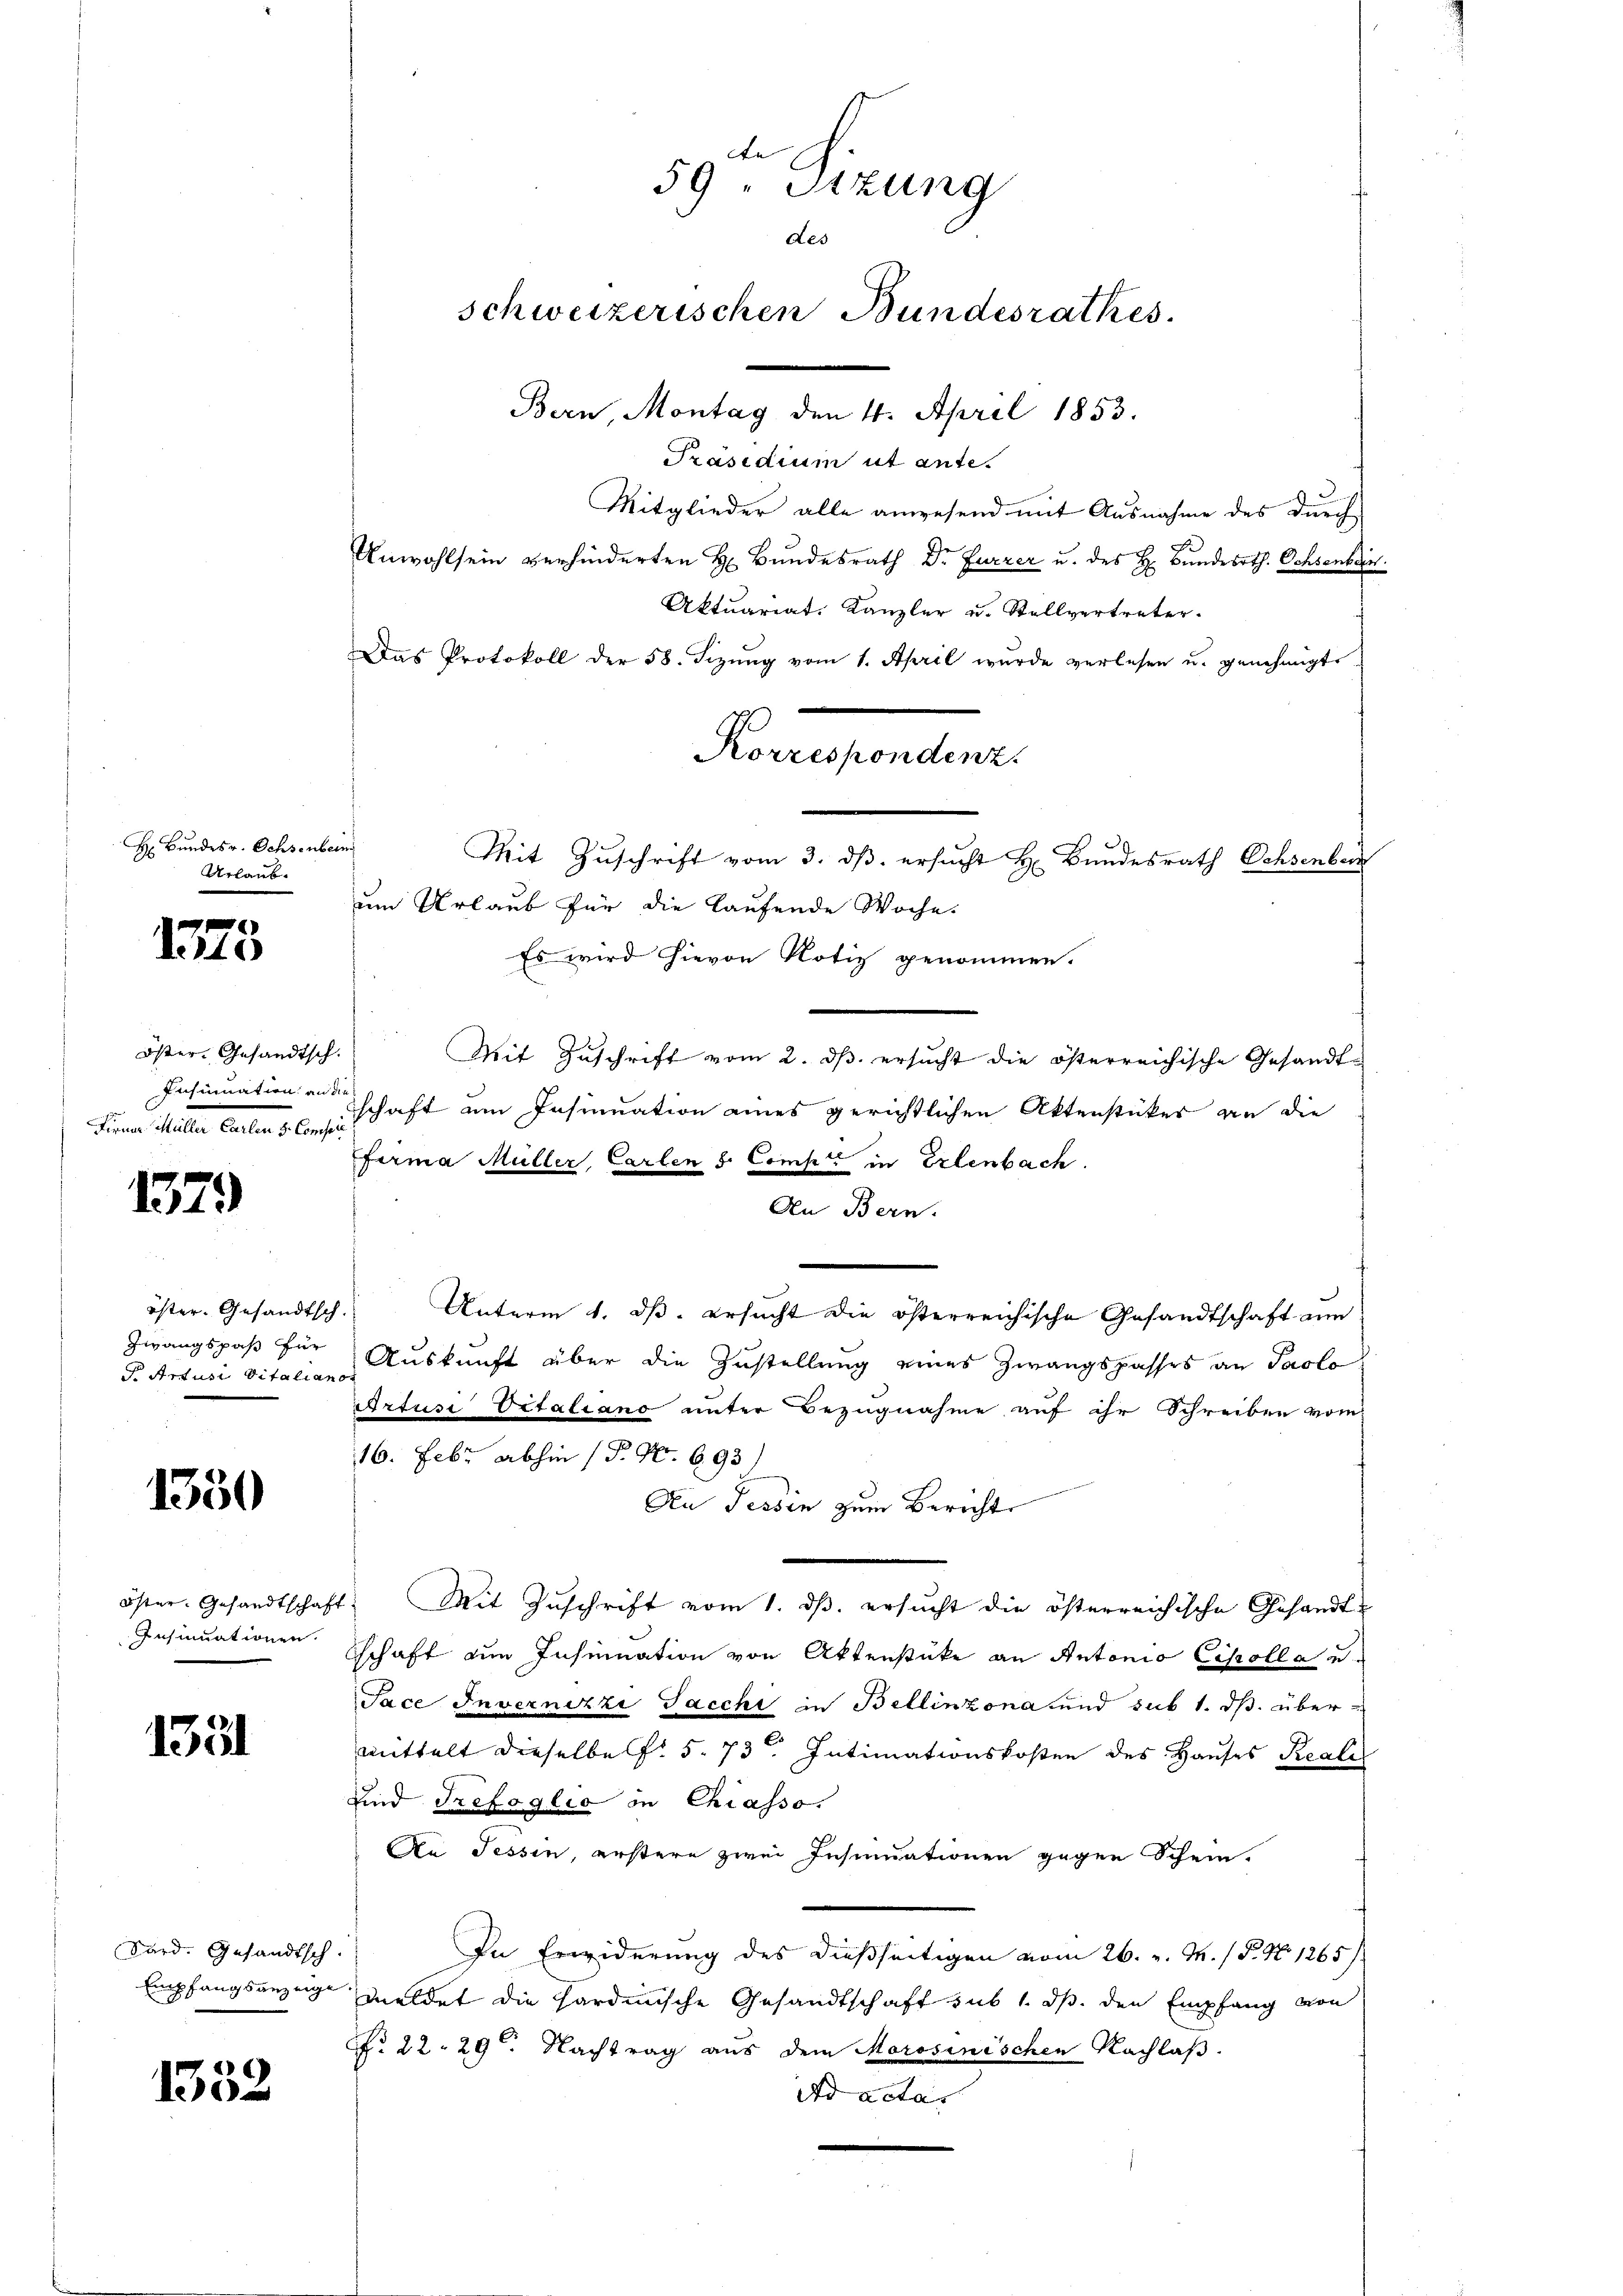
H. Bundes v. Ochsenber
Urlaub¬

1.40

Öster Gesandtsch.
Insummation an di
Form deute alten Confer

1379

öster. Gesandtsch.
Zwangspaß für
Artus Vitalianor

1330

Öster, Gesandtschaf
Insinuationen.

1331

Sard. Gesandtsch.

1352

Mitglieder alle anwesend mit Ausnahme des durch
Unwohlsein verhinderten H. Bundesrath Dr. Furrer u. des H. Bunderath. Ochsenken.
Aktuariat-Kanzler u. Stellvertreter.
Das Protokoll der 58. Sizŭng vom 1. April wurde verlesen u. genehmigte
um Urlaub für die laufende Woche
Es wird hievon Notiz genommen.
Mit Zuschrift vom 2. ds. ersucht die österreichische Gesandtschaft am Insinuation eines gerichtlichen Aktenstücker an die
ffirma Müller, Carten d. Comp. in Erlenbach.
An Bern.
Unterm 1. ds. ersucht die österreichische Gesandtschaft ann
Auskunft über die Zustellung eines Zwangspasses an Paolo
Artusi Vitaliano unter Bezugnahme auf ihr Schreiben vom
16. Febr. abhin (P. Nr. 693
Den Tessin zum Bericht
1. Mit Zŭschrift vom 1. ds. ersŭcht die österreichische Gesandtschaft ein Insinuation von Aktenstücke an Antonio Ciscolla a
Jace Invernizzi Jacchi in Bellinzona und sub 1. ds. übermittelt dieselbe f. 573. Intimationskosten des Hauses Reale
und Trefoglio in Chiasso.
An Tessin, erstere zwei Insinuationen gegen Schein.
In Erwiderung des dießseitigen vom 26. v. M. / P. No 1265/
Empfangsanzeige meldet die hardinische Gesandtschaft sub 1. ds. den Empfang von
No 22. 29. Nachtrag aus dem Morosinischen Nachlaβ.
Ad acta.

de
59. Sizung
des
Schweizerischen Bundesrathes.
Bern, Montag den 4. April 1853.
Präsidium ut ante.

Korrespondenz.
Mit Zuschrift vom 3. ds. ersucht H. Bundesrath Ochsenberg